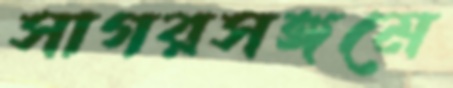
সাগরসঙ্গমে